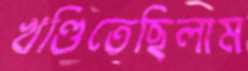
খণ্ডিতেছিলাম